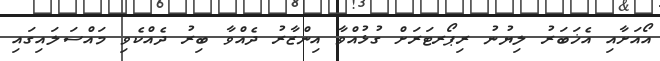
އޯއަށާއި އެޚަބަރު ލިޔުނު ރިޕޯރޓަރަށް ގުޅުއްވާ އިންޒާރު ދެއްވާ ބިރު ދެއްކެވި މައްސަލައިގައި